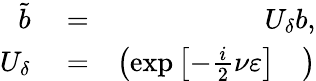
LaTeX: \begin{array}{rlr}{\tilde{b}}&{{}=}&{U_{\delta}b,}\\ {U_{\delta}}&{{}=}&{\left(\begin{array}{cc}{\exp\left[-\frac{i}{2}\nu\varepsilon\right]}&{}\end{array}\right)}\end{array}